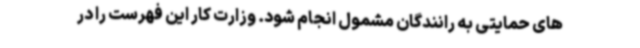
های حمایتی به رانندگان مشمول انجام شود. وزارت کار این فهرست را در